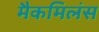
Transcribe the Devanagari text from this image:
मैकमिलंस